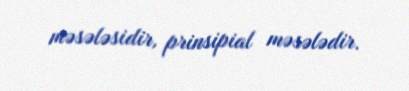
məsələsidir, prinsipial məsələdir.